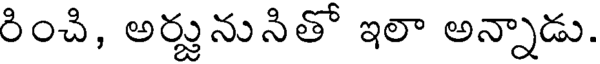
రించి, అర్జునునితో ఇలా అన్నాడు.